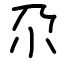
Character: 尕